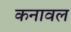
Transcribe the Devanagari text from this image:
कनावल